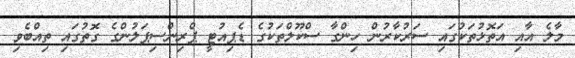
މާލެ އާއި އަތޮޅުތަކުގައި ސަރުކާރުން ހިންގާ ސްކޫލްތަކުގެ ޑެޕިއުޓީ ޕްރިންސިޕަލުންގެ ގޮތުގައި ތިއްބެވި